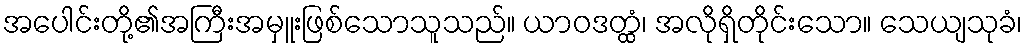
အပေါင်းတို့၏အကြီးအမှူးဖြစ်သောသူသည်။ ယာဝဒတ္ထံ၊ အလိုရှိတိုင်းသော။ သေယျသုခံ၊